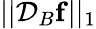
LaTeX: ||\mathcal{D}_{B}\mathbf{f}||_{1}